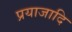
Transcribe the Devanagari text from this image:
प्रयाजादि